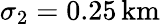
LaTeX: \sigma_{2}=0.25\, \mathrm{km}